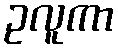
ဥလူကာ